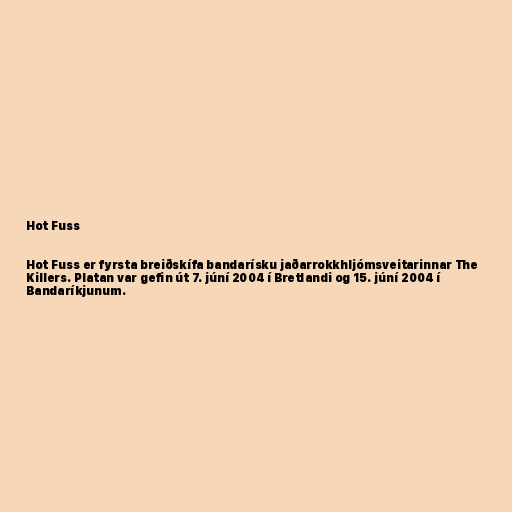
Hot Fuss

Hot Fuss er fyrsta breiðskífa bandarísku jaðarrokkhljómsveitarinnar The
Killers. Platan var gefin út 7. júní 2004 í Bretlandi og 15. júní 2004 í
Bandaríkjunum.